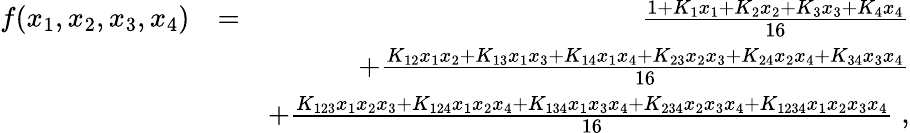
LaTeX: \begin{array}{rlr}{f(x_{1},x_{2},x_{3},x_{4})}&{=}&{\frac{1+K_{1}x_{1}+K_{2}x_{2}+K_{3}x_{3}+K_{4}x_{4}}{16}}\\ &{}&{+\frac{K_{12}x_{1}x_{2}+K_{13}x_{1}x_{3}+K_{14}x_{1}x_{4}+K_{23}x_{2}x_{3}+K_{24}x_{2}x_{4}+K_{34}x_{3}x_{4}}{16}}\\ &{}&{+\frac{K_{123}x_{1}x_{2}x_{3}+K_{124}x_{1}x_{2}x_{4}+K_{134}x_{1}x_{3}x_{4}+K_{234}x_{2}x_{3}x_{4}+K_{1234}x_{1}x_{2}x_{3}x_{4}}{16}\; ,}\end{array}